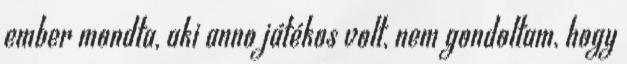
ember mondta, aki anno játékos volt, nem gondoltam, hogy